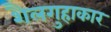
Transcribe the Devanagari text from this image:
शैलगुहाकार